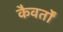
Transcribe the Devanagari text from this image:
कैवर्तों